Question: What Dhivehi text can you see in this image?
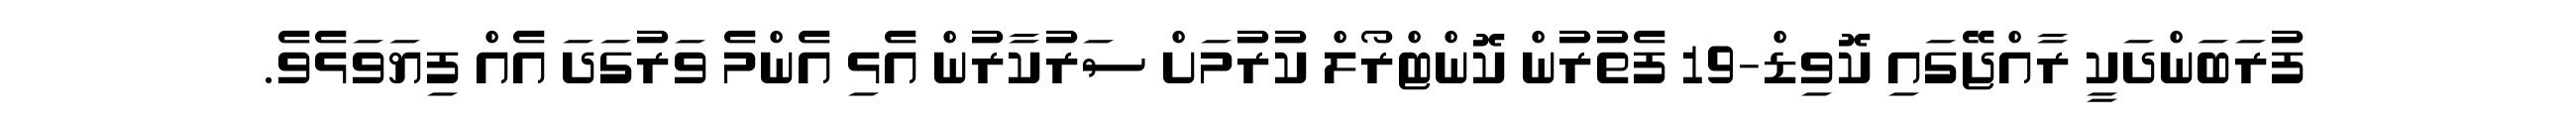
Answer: ފުރަބަންދަކީ ރާއްޖޭގައި ކޮވިޑް-19 ފެތުރުން ކޮންޓްރޯލް ކުރުމަށް ސަރުކާރުން އެޅި އެންމެ ވަރުގަދަ އެއް ފިޔަވަޅެވެ.